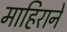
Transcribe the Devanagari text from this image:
माहिराने